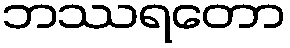
ဘဿရတော